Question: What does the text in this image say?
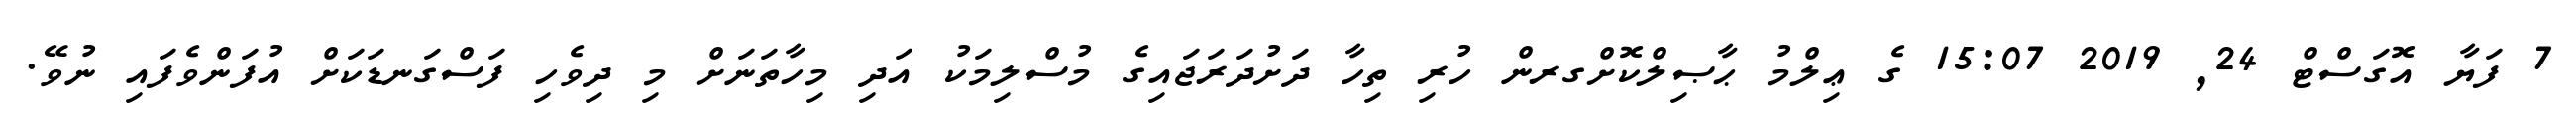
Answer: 7 ފަޔާ އޮގަސްޓް 24, 2019 15:07 ގެ ޢިލްމު ޙާޞިލްކޮށްގރން ހުރި ތިހާ ދަށުދަރަޖައިގެ މުސްލިމަކު އަދި މިހާތަނަށް މި ދިވެހި ފަސްގަނޑަކަށް އުފަންވެފައި ނުވޭ.